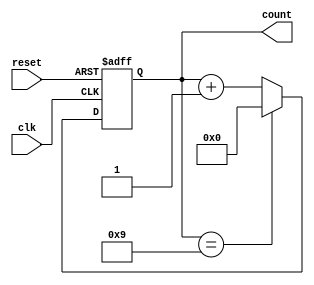
module BCD_Counter (
    input wire clk,         // Clock input
    input wire reset,       // Asynchronous reset input
    output reg [3:0] count  // 4-bit output for BCD count
);

// Always block for asynchronous reset and counting
always @(posedge clk or posedge reset) begin
    if (reset) begin
        // Reset the count to 0
        count <= 4'b0000;
    end else begin
        // Increment the count
        if (count == 4'b1001) begin
            // If count is 9 (1001), reset to 0
            count <= 4'b0000;
        end else begin
            // Increment the count
            count <= count + 1;
        end
    end
end

endmodule